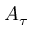
A _ { \tau }